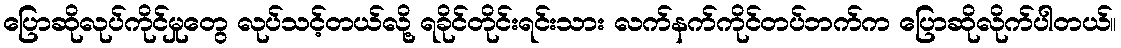
ပြောဆိုလုပ်ကိုင်မှုတွေ လုပ်သင့်တယ်လို့ ရခိုင်တိုင်းရင်းသား လက်နက်ကိုင်တပ်ဘက်က ပြောဆိုလိုက်ပါတယ်။